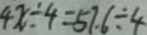
4 x \div 4 = 5 7 . 6 \div 4